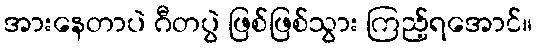
အားနေတာပဲ ဂီတပွဲ ဖြစ်ဖြစ်သွား ကြည့်ရအောင်။